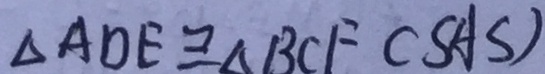
\Delta A D E \cong \Delta B C F ( S A S )